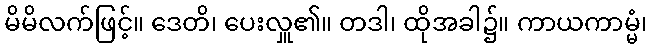
မိမိလက်ဖြင့်။ ဒေတိ၊ ပေးလှူ၏။ တဒါ၊ ထိုအခါ၌။ ကာယကာမ္မံ၊